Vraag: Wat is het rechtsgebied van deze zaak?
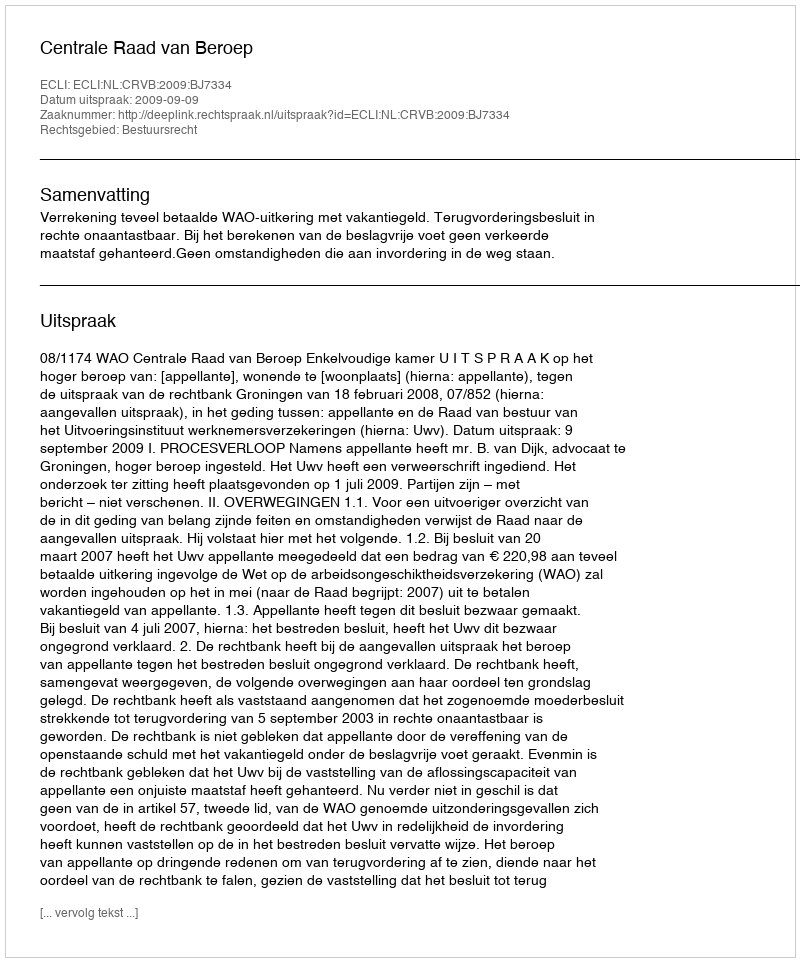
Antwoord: Bestuursrecht